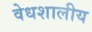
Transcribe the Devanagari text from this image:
वेधशालीय